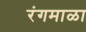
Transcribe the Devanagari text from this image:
रंगमाळा